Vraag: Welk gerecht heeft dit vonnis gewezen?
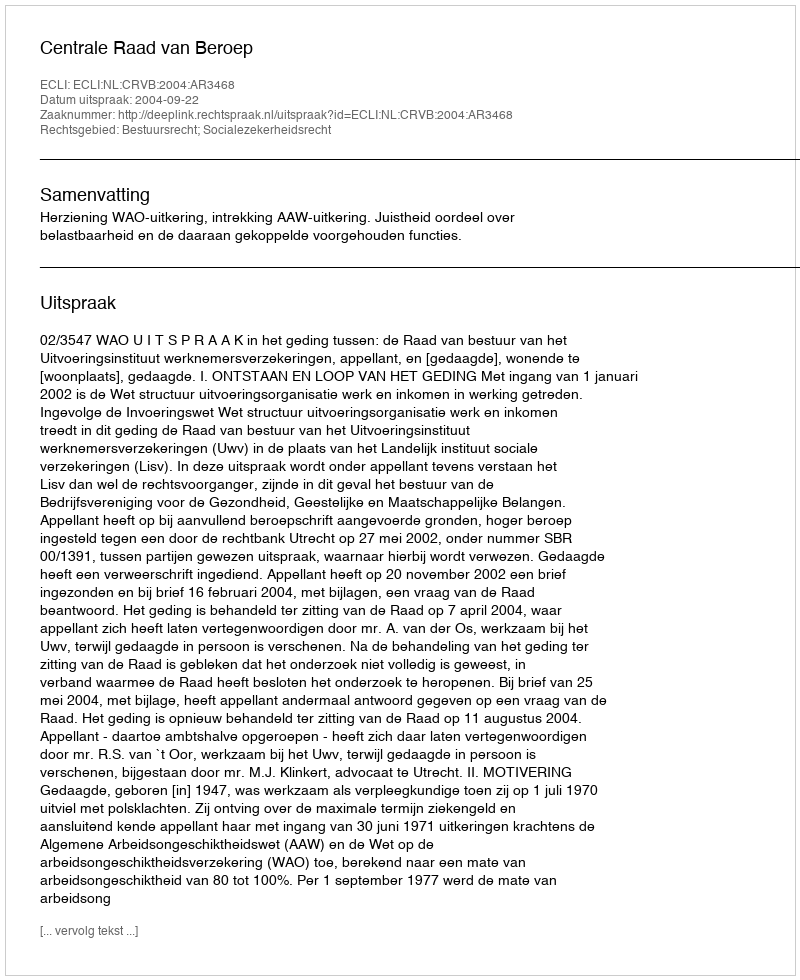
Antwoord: Centrale Raad van Beroep